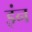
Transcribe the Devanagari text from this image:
इंन